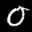
Label: 0